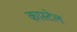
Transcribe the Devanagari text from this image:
कास्टेल